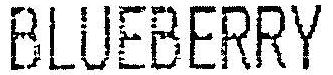
BLUEBERRY